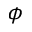
\phi